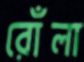
রোঁলা